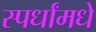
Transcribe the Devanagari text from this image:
स्पर्धांमधे